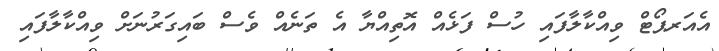
އެއަރޕޯޓް ވިއްކާލާފައި ހުސް ފަޅެއް އޮތިއްޔާ އެ ތަނެއް ވެސް ބައިގަރުނަށް ވިއްކާލާފައި